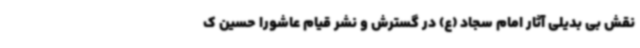
نقش بی بدیلی آثار امام سجاد (ع) در گسترش و نشر قیام عاشورا حسین ک